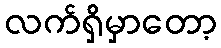
လက်ရှိမှာတော့